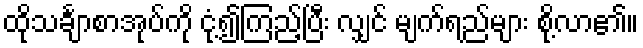
ထိုသင်္ချာစာအုပ်ကို ငုံ့၍ကြည့်ပြီး လျှင် မျက်ရည်များ စို့လာ၏။